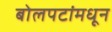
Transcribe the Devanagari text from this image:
बोलपटांमधून